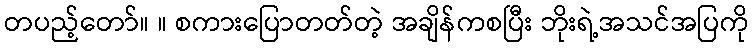
တပည့်တော်။ ။ စကားပြောတတ်တဲ့ အချိန်ကစပြီး ဘိုးရဲ့အသင်အပြကို